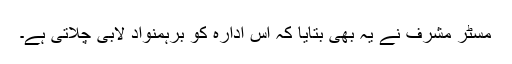
مسٹر مشرف نے یہ بھی بتایا کہ اس ادارہ کو برہمنواد لابی چلاتی ہے۔